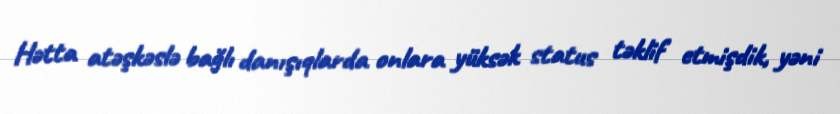
Hətta atəşkəslə bağlı danışıqlarda onlara yüksək status təklif etmişdik, yəni